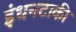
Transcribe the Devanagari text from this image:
इंधनटाकी